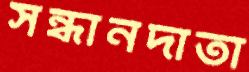
সন্ধানদাতা